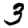
Digit: 3